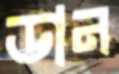
ডান